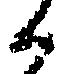
候